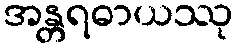
အန္တရဓာယဿု